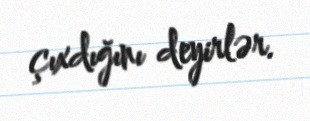
çıxdığını deyirlər.